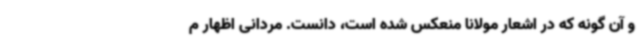
و آن گونه که در اشعار مولانا منعکس شده است، دانست. مردانی اظهار م